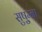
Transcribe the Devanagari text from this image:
सुषु्म्ना